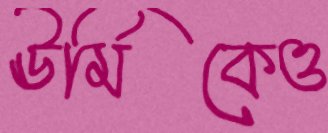
ঊর্মিকেও